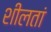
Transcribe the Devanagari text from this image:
शीलतां